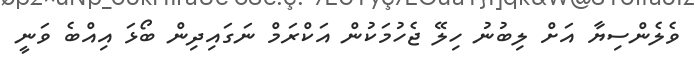
ވެލެންސިޔާ އަށް ލިބުނު ހިލޭ ޖެހުމަކުން އަކްރަމް ނަގައިދިން ބޯޅަ އިއްބެ ވަނީ